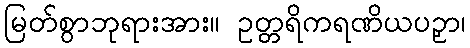
မြတ်စွာဘုရားအား။ ဥတ္တရိကရဏိယပဉှာ၊